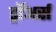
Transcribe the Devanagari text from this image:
ड्रॉअर्स